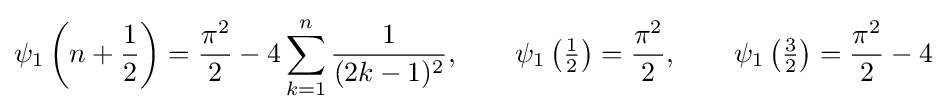
\psi _{1}\left(n+{\frac {1}{2}}\right)={\frac {\pi ^{2}}{2}}-4\sum _{k=1}^{n}{\frac {1}{(2k-1)^{2}}},\qquad \psi _{1}\left({\tfrac {1}{2}}\right)={\frac {\pi ^{2}}{2}},\qquad \psi _{1}\left({\tfrac {3}{2}}\right)={\frac {\pi ^{2}}{2}}-4